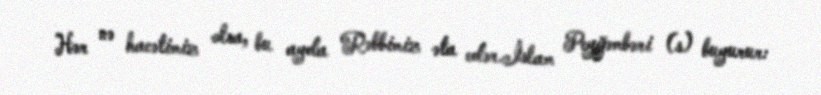
Hər nə hacətimiz olsa, bu ayda Rəbbimiz əta edər.İslam Peyğəmbəri (s) buyurur: